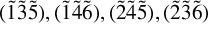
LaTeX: ( \tilde { 1 } \tilde { 3 } \tilde { 5 } ) , ( \tilde { 1 } \tilde { 4 } \tilde { 6 } ) , ( \tilde { 2 } \tilde { 4 } \tilde { 5 } ) , ( \tilde { 2 } \tilde { 3 } \tilde { 6 } )